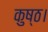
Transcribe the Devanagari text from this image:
कुष्ठ।